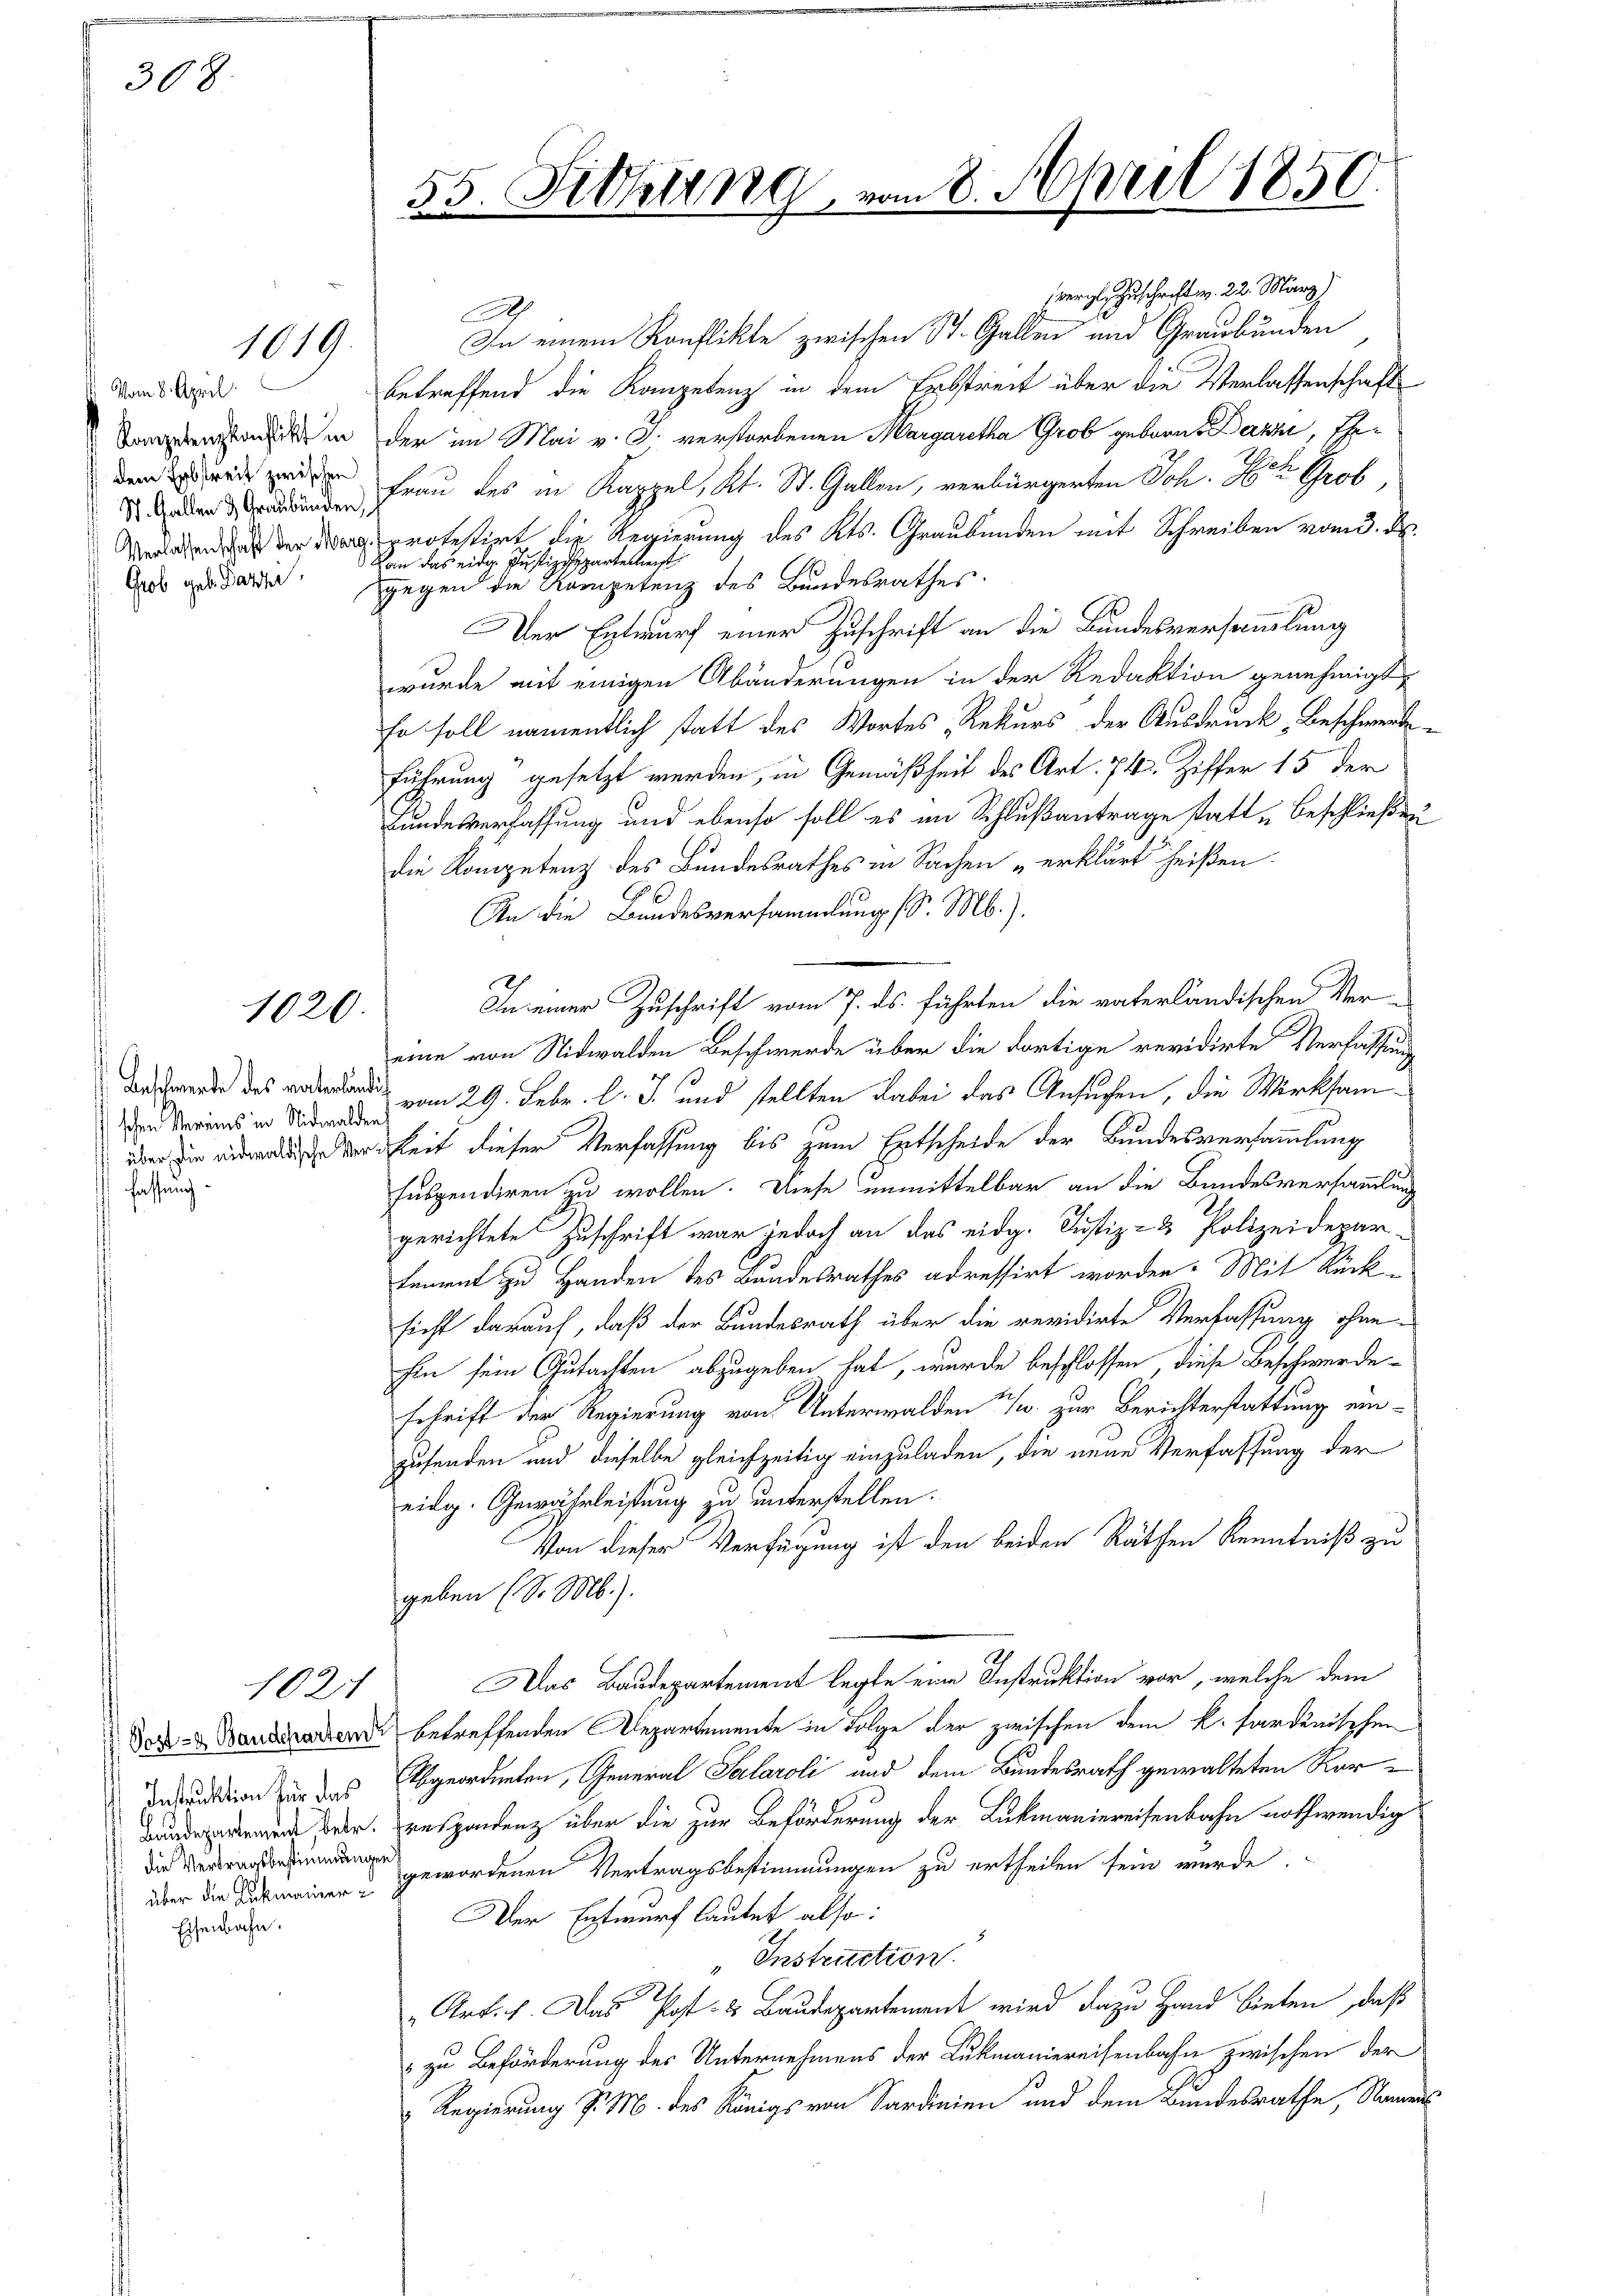
308.

Vom 8. April
Kompetenzkonflikt in
dem Erbstreit zwischen
Verlassenschaft der Marc
Grob geb. Parze

Instruktion für das
die Vertragsbestimmungen
über die Rükmainer¬

Eisenbahn.

1019.

1020.

. Beschwerde des vaterlan
schen Vereins in Nidwalden,
über die eidwaldische Ver
fassung

1031

55. Fiehung

ergl. Zuschriften 22. März)
A
In einem Konflikte zwischen St. Gallen und Graubünden
betreffend die Kompetenz in dem Erbstreit über die Verlassenschaft
der im Mai v. J. verstorbenen Margaretha Grob gebann Bazzi, Ehe¬
 Frau des in Kappel, Kt. St. Gallen, verbürgerten Joh. Herr Grob
protestirt die Regierung des Kts. Graubünden mit Schreiben vom 3. d.
Dan das eidg. Justizipartenleit
gegen die Kompetenz des Bundesrathes.
Der Entwurf einer Zuschrift an die Bundesversammlung
wurde mit einigen Abänderungen in der Redaktion genehmigt,
fr soll namentlich statt des Wortes Rekurs der Ausdruck, Beschwerde.
führung“ gesetzt werden, in Gemäßheit des Art. 74. Ziffer 15 der
Bundesverfassung und ebenso soll es in Schlußantrage statte Beschließen
die Kompetenz des Bundesrathes in Sachen „erklärt heißen.
An die Bundesversammlung (S. M.).
In einer Zuschrift vom 7. ds. führten die vaterländischen Ver-
eine von Nidwalden Beschwerde über die dortige revidirte Verfassung
so
 vom 29. Febr. l. J. und stellten dabei das Ansuchen, die Wirksamgkeit dieser Verfassung bis zum Entscheide der Bundesversammlung
suspendiren zu wollen. Diese unmittelbar an die Bundesversammlung
gerichtete Zuschrift war jedoch an das eidg. Justiz- & Polizeidepartement zu Handen des Bundesrathes adressirt worden. Mit Rück-
sicht darauf, daß der Bundesrath über die revidirte Verfassung ohne
hin sein Gutachten abzugeben hat, wurde beschlossen, diese Beschwerdeschrift der Regierung von Unterwalden 1/4 zur Berichterstattung einzusenden und dieselbe gleichzeitig einzuladen, die neue Verfassung der
eidg. Gewährleistung zu unterstellen.
Von dieser Verfügung ist den beiden Räthen Kenntniß zu
geben (S. M.).
St
Das Baudepartement legte eine Instruktion vor, welche dem
Dor- u Baudraendi betreffenden Departemente in Folge der zwischen dem k. sardinischen
Abgeordneten, General Salaroli und dem Bundesrath gewalteten Kordee der respondenz über die zur Beförderung der Lukmaniereisenbahn nothwendig
gewordenen Vertragsbestimmungen zu ertheilen sein wurde.
Der Entwurf lautet also:
"Instruction.
Art. 1. Das Post- & Baudepartement wird dazu Hand bieten, daß
 zu Beförderung der Unternehmens der Lukmaniereisenbahn zwischen der
Regierung d. M. des Königs von Sardinien und dem Bundesrathe, Namens

am 8. April 1850